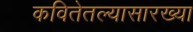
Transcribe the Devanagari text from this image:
कवितेतल्यासारख्या